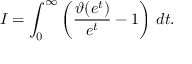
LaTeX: I = \int _ { 0 } ^ { \infty } \left( { \frac { \vartheta ( e ^ { t } ) } { e ^ { t } } } - 1 \right) \, d t .